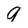
Character: 9